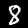
Digit: 8